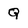
Character: Q